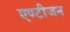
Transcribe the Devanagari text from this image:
एण्टीजन